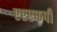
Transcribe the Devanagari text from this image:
एएएफपी